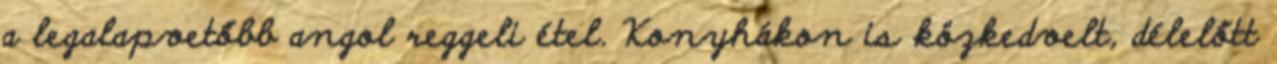
a legalapvetőbb angol reggeli étel. Konyhákon is közkedvelt, délelőtt